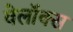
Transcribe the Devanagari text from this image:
वेलॉक्स